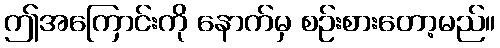
ဤအကြောင်းကို နောက်မှ စဉ်းစားတော့မည်။